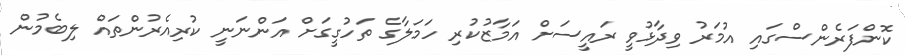
ކޮންފަރެންސްގައި އުމަރު ވިދާޅުވީ ރައީސަށް އަމާޒުކުރި ހަމަލާގެ ތަހުގީގަށް އަންނަނީ ކުރިއެރުންތައް ލިބެމުން